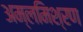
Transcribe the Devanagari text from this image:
अम्लमिश्रण